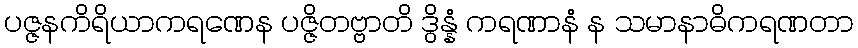
ပဇ္ဇနကိရိယာကရဏေန ပဇ္ဇိတဗ္ဗာတိ ဒွိန္နံ ကရဏာနံ န သမာနာဓိကရဏတာ